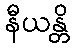
နီယန္တိ